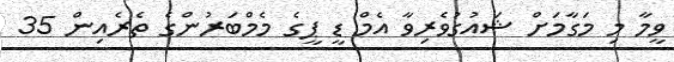
ވީމާ މި މަގާމަށް ޝައުގުވެރިވާ އެމް ޑީ ޕީގެ މެމްބަރުންގެ ތެރެއިން 35